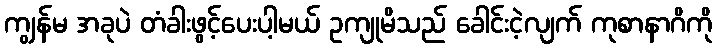
ကျွန်မ အခုပဲ တံခါးဖွင့်ပေးပါ့မယ် ဥကျုမိသည် ခေါင်းငဲ့လျက် ကုစာနာဂိကို